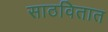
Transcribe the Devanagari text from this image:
साठवितात